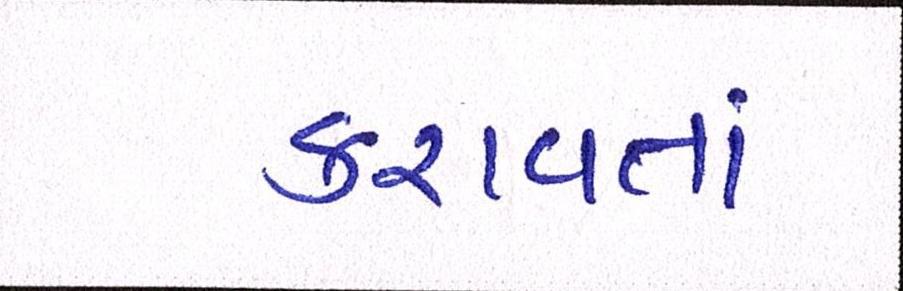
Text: કરાવતાં